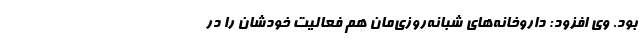
بود. وی افزود: داروخانه‌های شبانه‌روزی‌مان هم فعالیت خودشان را در